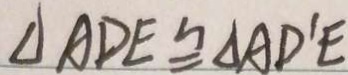
\Delta A D E \cong \Delta A D ^ { \prime } E